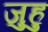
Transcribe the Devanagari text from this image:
जुहु